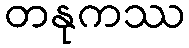
တနုကဿ